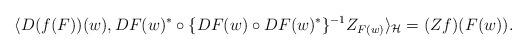
LaTeX: \begin{align*} \langle D(f(F)) (w) , DF(w)^* \circ \{ D F(w) \circ D F(w)^* \}^{-1} Z_{F(w)} \rangle_{{\cal H}} =(Zf)(F(w)).\end{align*}